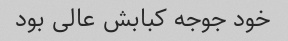
خود جوجه کبابش عالی بود